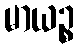
မာယဉ္စ